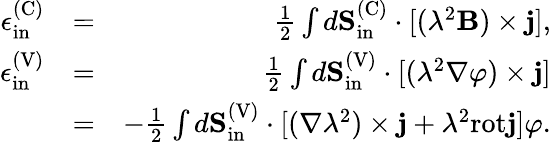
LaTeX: \begin{array}{rlr}{\epsilon_{\mathrm{in}}^{\mathrm{(C)}}}&{=}&{\frac{1}{2}\int d{\mathbf S}_{\mathrm{in}}^{\mathrm{(C)}}\cdot[(\lambda^{2}{\mathbf B})\times{\mathbf j}],}\\ {\epsilon_{\mathrm{in}}^{\mathrm{(V)}}}&{=}&{\frac{1}{2}\int d{\mathbf S}_{\mathrm{in}}^{\mathrm{(V)}}\cdot[(\lambda^{2}\nabla\varphi)\times{\mathbf j}]}\\ &{=}&{-\frac{1}{2}\int d{\mathbf S}_{\mathrm{in}}^{\mathrm{(V)}}\cdot[(\nabla\lambda^{2})\times{\mathbf j}+\lambda^{2}\mathrm{rot}{\mathbf j}]\varphi.}\end{array}